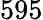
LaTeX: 595